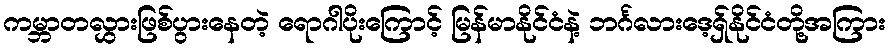
ကမ္ဘာတလွှားဖြစ်ပွားနေတဲ့ ရောဂါပိုးကြောင့် မြန်မာနိုင်ငံနဲ့ ဘင်္ဂလားဒေ့ရှ်နိုင်ငံတို့အကြား